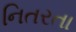
નિતરતા